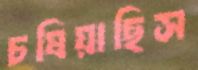
চষিয়াছিস